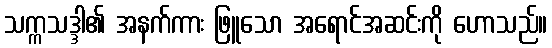
သက္ကသဒ္ဒါ၏ အနက်ကား ဖြူသော အရောင်အဆင်းကို ဟောသည်။